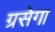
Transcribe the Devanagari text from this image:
ग्रसेगा